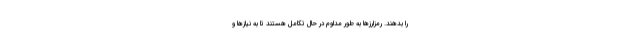
را بدهند. رمزارزها به طور مداوم در حال تکامل هستند تا به نیازها و